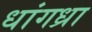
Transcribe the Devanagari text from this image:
धांगध्रा